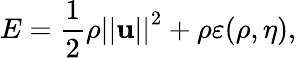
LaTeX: E=\frac{1}{2}\rho\left\vert\left\vert\mathbf{u}\right\vert\right\vert^{2}+\rho\varepsilon(\rho,\eta),